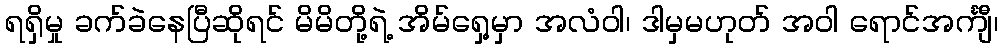
ရရှိမှု ခက်ခဲနေပြီဆိုရင် မိမိတို့ရဲ့ အိမ်ရှေ့မှာ အလံဝါ၊ ဒါမှမဟုတ် အဝါ ရောင်အင်္ကျီ၊